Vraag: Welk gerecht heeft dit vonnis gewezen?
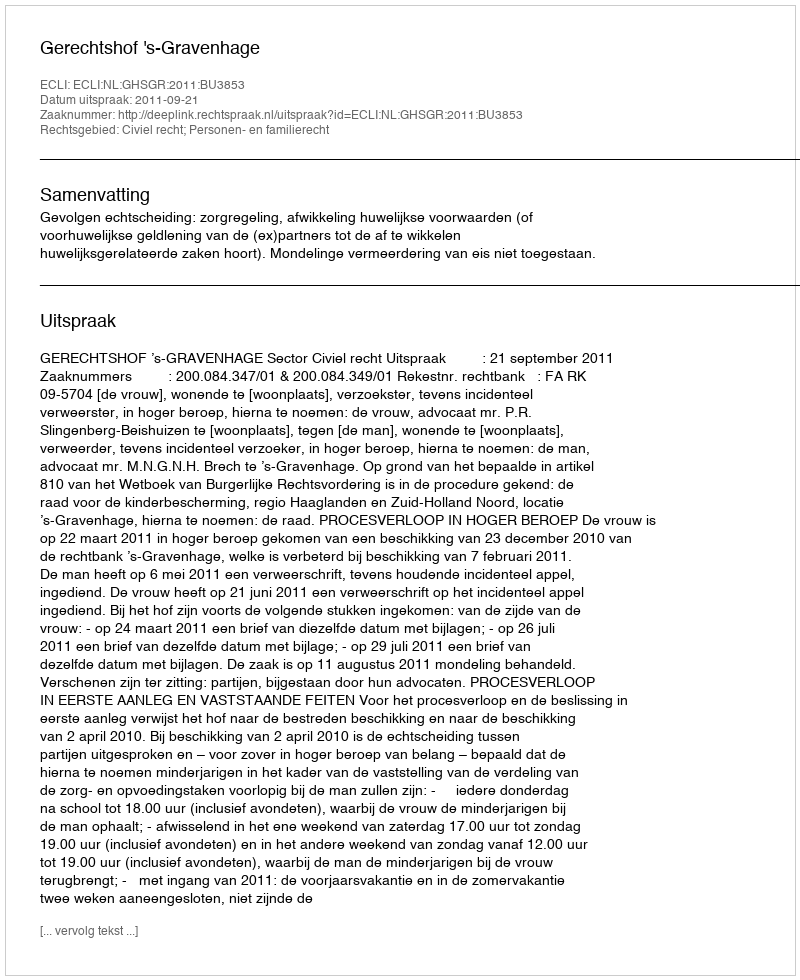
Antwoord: Gerechtshof 's-Gravenhage